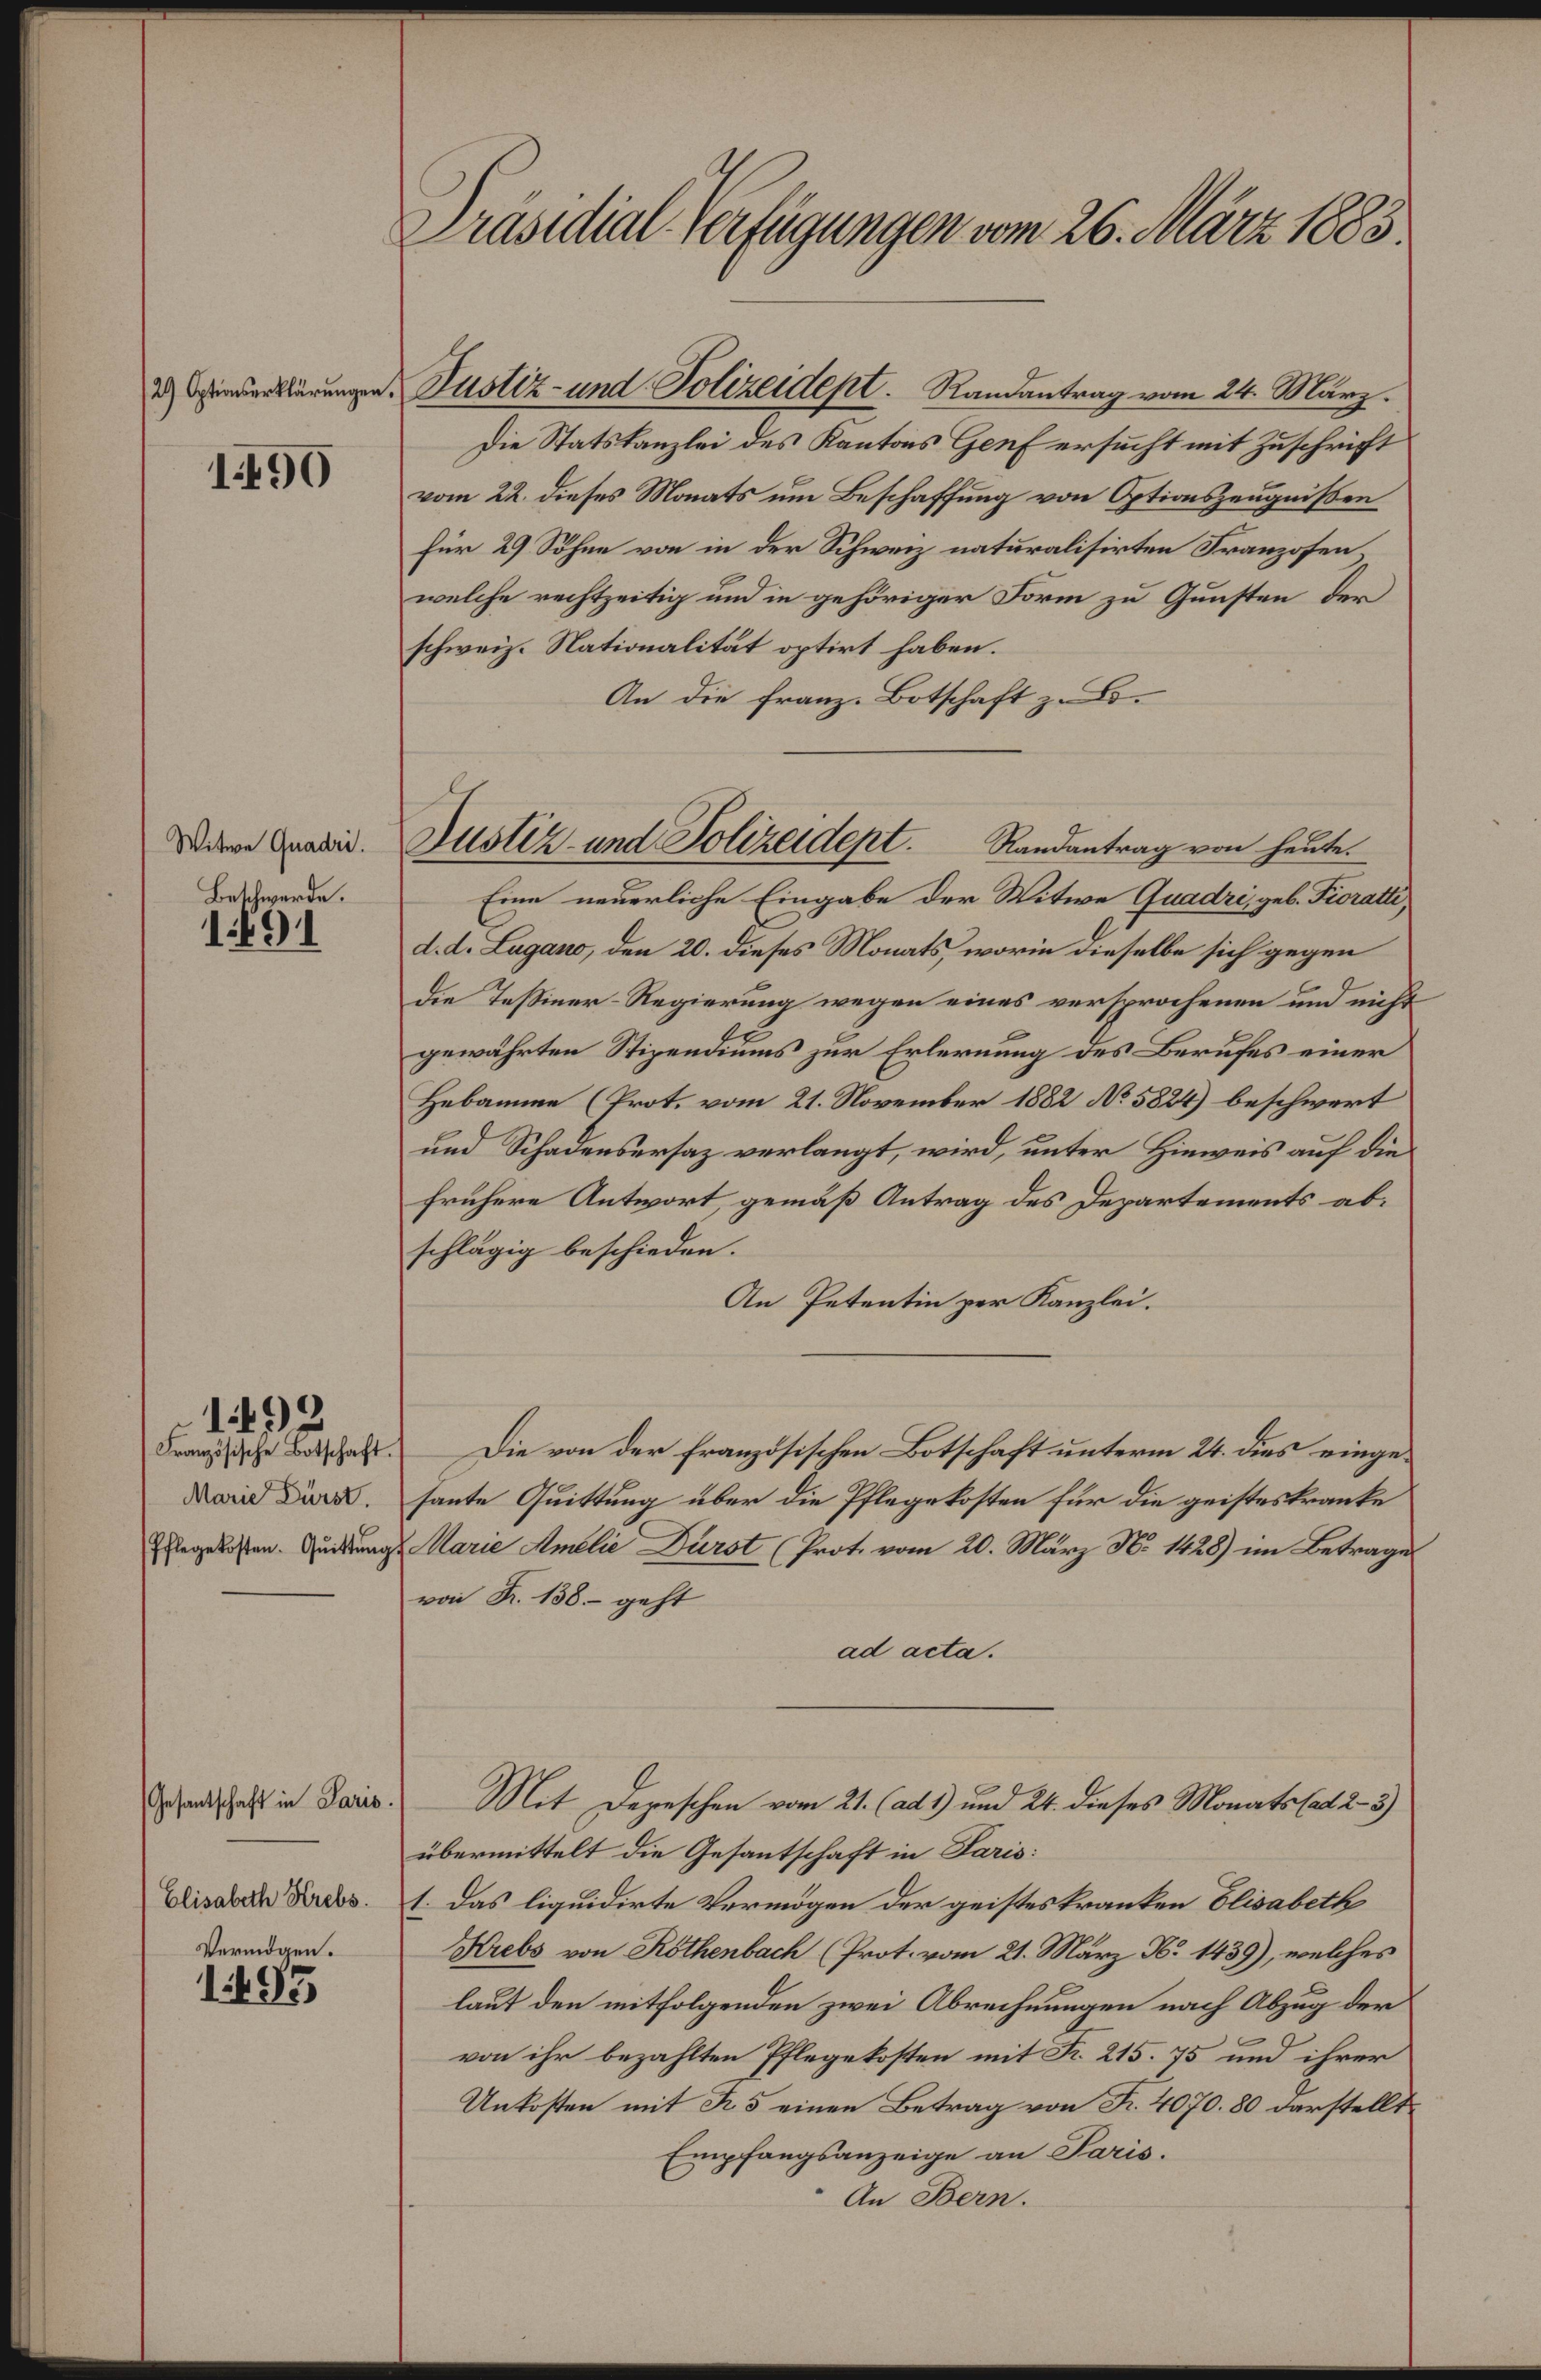
29) Optionserklärungen

1490

Witwe Quadri.
Beschwerde.

1491

Französische Botschaft
Marie Dürst.
Pflegekosten. Quittung

12

Gesantschaft in Paris
Elisabeth Krebs.
Vermögen.

1493

Justiz- und Polizeidept. Randantrag vom 24. März.
Die Statskanzlei des Kantons Genf ersucht mit Zuschrift
vom 22. dieses Monats um Beschaffung von Optionszeugnissen
Für 29 Söhne von in der Schweiz naturalisirten Franzosen,
welche rechtzeitig und in gehöriger Form zu Gunsten der
schweiz. Nationalität optirt haben.
An die Franz. Botschaft z. B.
Eine neuerliche Eingabe der Witwe Quadri, geb. Fioratti,
d. d. Lugano, den 20. dieses Monats, worin dieselbe sich gegen
die Teßiner-Regierung wegen eines versprochenen und nicht
gewährten Stipendiums zur Erlernung des Berufes einer
Hebamme (Prot. vom 21. November 1882 No 5824) beschwert
und Schadensersaz verlangt, wird, unter Hinweis auf die
frühere Antwort, gemäß Antrag des Departements abschlägig beschieden.
An Petentin per Kanzlei.
Die von der Französischen Botschaft unterm 24. dies eingesante Quittung über die Pflegekosten für die geisteskranke
g Marie Amalie Dürst (Prot. vom 20. März N. 1428) im Betrage
von R. 138 – geht
ad acta.
Mit Depeschen vom 21. (ad 1) und 24. dieses Monats (ad 2–5)
übermittelt die Gesantschaft in Paris:
1. Das liquidirte Vermögen der geistes kranken Elisabeth
Krebs von Rothenbach (Prot. vom 21. März No 1439), welches
laut den mitfolgenden zwei Abrechnungen nach Abzug der
von ihr bezahlten Pflegekosten mit Fr. 215. 75 und ihrer
Unkosten mit R. 5 einen Betrag von Fr. 4070. 80 darstellt
Empfangsanzeige an Paris.
An Bern.

Präsidial-Verfügungen vom 26. März 1883

Justiz- und Polizeidept. Randantrag von heute.